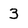
Character: 3